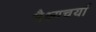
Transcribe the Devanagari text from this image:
भैक्ष्यचर्या